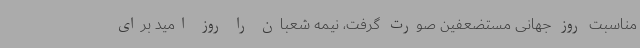
مناسبت روز جهانی مستضعفین صورت گرفت، نیمه شعبان را روز امید برای